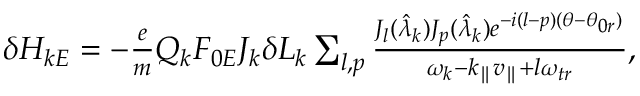
\begin{array} { r } { \delta H _ { k E } = - \frac { e } { m } Q _ { k } F _ { 0 E } J _ { k } \delta L _ { k } \sum _ { l , p } \frac { J _ { l } ( \hat { \lambda } _ { k } ) J _ { p } ( \hat { \lambda } _ { k } ) e ^ { - i ( l - p ) ( \theta - \theta _ { 0 r } ) } } { \omega _ { k } - k _ { \parallel } v _ { \parallel } + l \omega _ { t r } } , } \end{array}